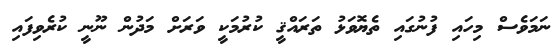
ނަމަވެސް މިހައި ފުނުގައި ތެޔޮވަޅު ތަރައްޤީ ކުރުމަކީ ވަރަށް މަދުން ނޫނީ ކުރެވިފައި